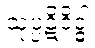
သုပ္ပဋိဝိဒ္ဓါ